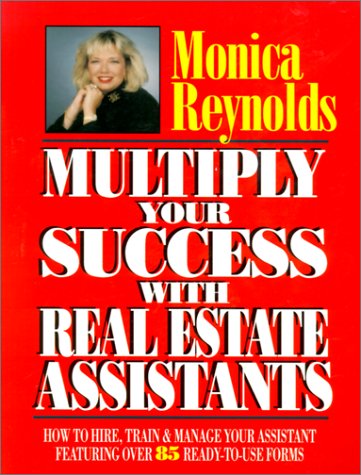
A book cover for Multiply Your Success with Real Estate Assistants; Monica Reynolds; Business & Money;